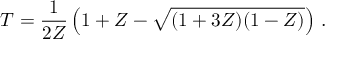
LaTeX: T = \frac { 1 } { 2 Z } \left( 1 + Z - \sqrt { ( 1 + 3 Z ) ( 1 - Z ) } \right) \, .